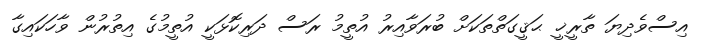
އިސްވެދިޔަ ތާރީޚީ ޙަޤީގަތްތަކަށް ބުރަވާއިރު އުތީމު ރަސް ދަރިކޮޅަކީ އުތީމުގެ އިތުރުން ވާހަކައިގާ